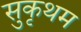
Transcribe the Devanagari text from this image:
सुकृथम